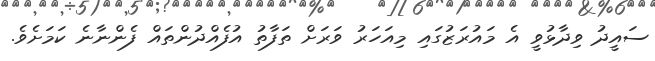
ސައީދު ވިދާޅުވީ އެ މައުރަޒުގައި މިއަހަރު ވަރަށް ތަފާތު އުފެއްދުންތައް ފެންނާނެ ކަމަށެވެ.